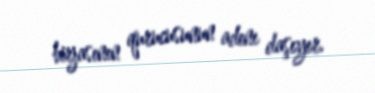
birjasının qurucusunun adını daşıyır.